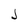
Character: J